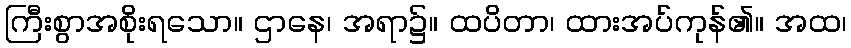
ကြီးစွာအစိုးရသော။ ဌာနေ၊ အရာ၌။ ထပိတာ၊ ထားအပ်ကုန်၏။ အထ၊